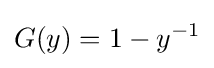
G(y)={1-y^{-1}}